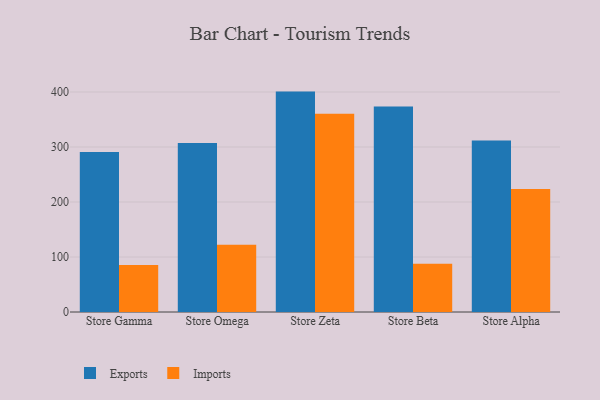
{"axis": {"x": "Store", "y": "Website Visitors"}, "legend": ["Exports", "Imports"], "data": [{"x": "Store Gamma", "y": 290.8, "type": "Exports"}, {"x": "Store Gamma", "y": 85.3, "type": "Imports"}, {"x": "Store Omega", "y": 307.3, "type": "Exports"}, {"x": "Store Omega", "y": 122.3, "type": "Imports"}, {"x": "Store Zeta", "y": 400.7, "type": "Exports"}, {"x": "Store Zeta", "y": 360.4, "type": "Imports"}, {"x": "Store Beta", "y": 373.5, "type": "Exports"}, {"x": "Store Beta", "y": 87.9, "type": "Imports"}, {"x": "Store Alpha", "y": 311.6, "type": "Exports"}, {"x": "Store Alpha", "y": 223.6, "type": "Imports"}]}